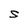
Character: S